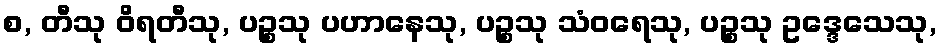
စ, တီသု ဝိရတီသု, ပဉ္စသု ပဟာနေသု, ပဉ္စသု သံဝရေသု, ပဉ္စသု ဥဒ္ဒေသေသု,